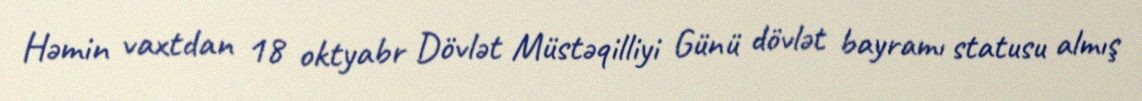
Həmin vaxtdan 18 oktyabr Dövlət Müstəqilliyi Günü dövlət bayramı statusu almış